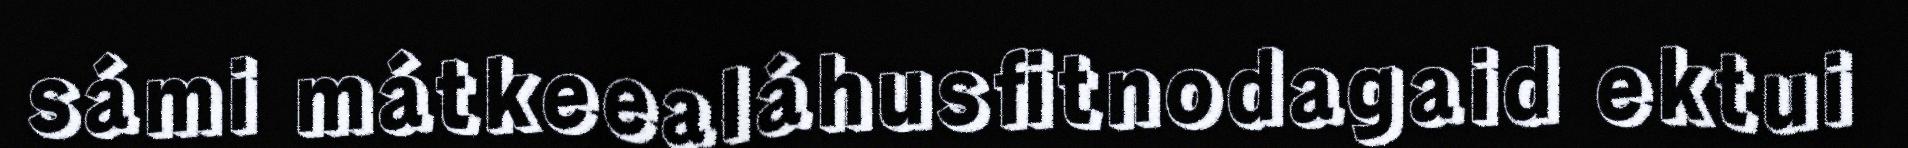
sámi mátkeealáhusfitnodagaid ektui